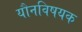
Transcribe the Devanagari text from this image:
यौनविषयक